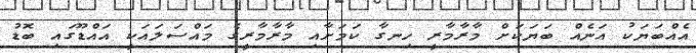
އެއްބަޔަކު އަނެއް ބަޔަކަށް މާރާމާރީ ހިނގާ ކަމަށާއި މާރާމާރީގެ މައްސަލައަކީ އައްޑޫގައި ބޮޑު